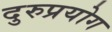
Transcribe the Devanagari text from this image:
दुरुप्रयोग